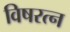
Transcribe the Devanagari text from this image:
विषरत्न